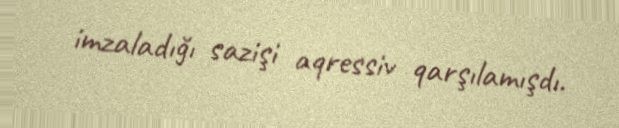
imzaladığı sazişi aqressiv qarşılamışdı.